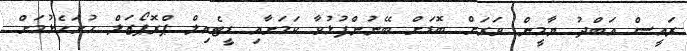
ރައީސް އަބްދު ޔާމީން ވަރަށް ބޮޑަށް ބޭނުންފުޅުވާ ކަމަށާއި ޑީޓެއިލް ޕްރޮޕޯޒަލް ހުށަހެޅުމަށް